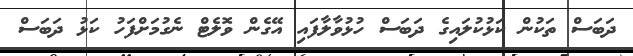
ދަބަސް ތަކުން ކަޅުކުލައިގެ ދަބަސް ހުޅުވާލާފައި އޭގެން ވޮލެޓް ނެގުމަށްފަހު ކަޅު ދަބަސް